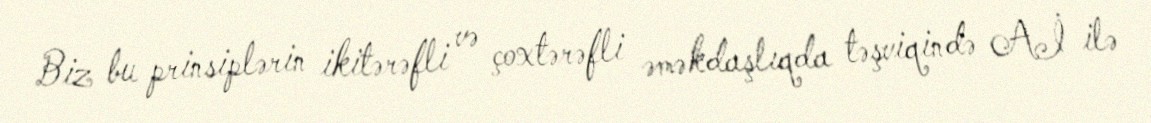
Biz bu prinsiplərin ikitərəfli və çoxtərəfli əməkdaşlıqda təşviqində Aİ ilə